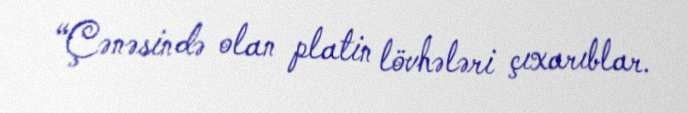
“Çənəsində olan platin lövhələri çıxarıblar.